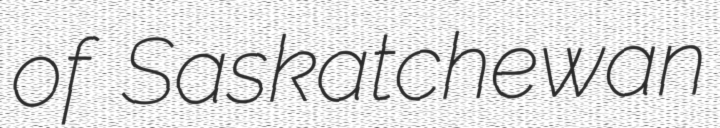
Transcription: of Saskatchewan